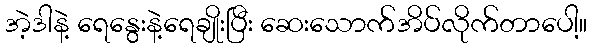
အဲ့ဒါနဲ့ ရေနွေးနဲ့ရေချိုးပြီး ဆေးသောက်အိပ်လိုက်တာပေါ့။